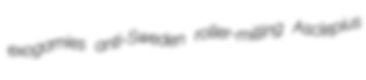
exogamies anti-Sweden roller-milling Asclepius